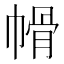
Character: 𭘱